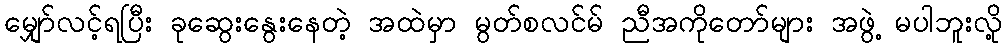
မျှော်လင့်ရပြီး ခုဆွေးနွေးနေတဲ့ အထဲမှာ မွတ်စလင်မ် ညီအကိုတော်များ အဖွဲ့ မပါဘူးလို့